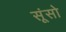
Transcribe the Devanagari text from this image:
सूंसो